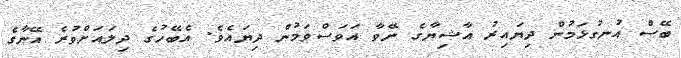
ބޭސް އުނގުޅަމުން ދިޔައިރު އާޝިޔާގެ ނޭވާ އަވަސްވަމުން ދިޔައެވެ. އެބޭހުގެ ދިލައަށްވުރެ އޭނާގެ